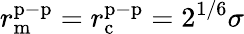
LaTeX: r_{\mathrm{m}}^{\mathrm{p-p}}=r_{\mathrm{c}}^{\mathrm{p-p}}=2^{1/6}\sigma